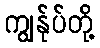
ကျွနု်ပ်တို့